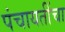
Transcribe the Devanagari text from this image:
पंचायतींचा